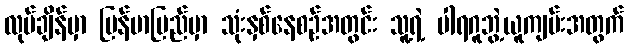
လုပ်ချိန်မှာ မြန်မာပြည်မှာ သုံးနှစ်နေစဉ်အတွင်း သူ့ရဲ့ ပါရဂူဘွဲ့ယူကျမ်းအတွက်